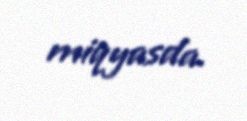
miqyasda.